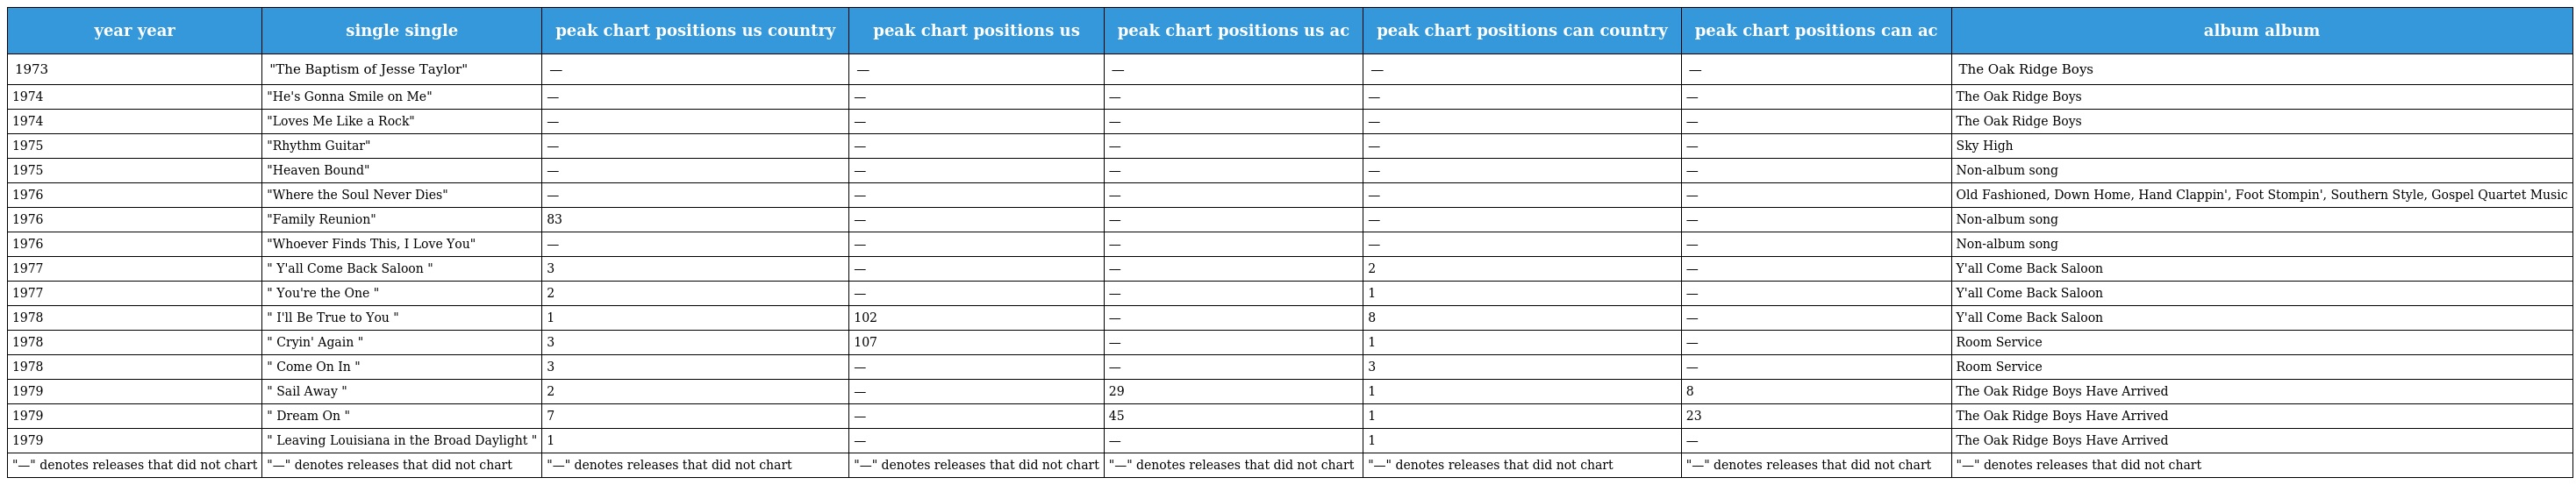
| year year | single single | peak chart positions us country | peak chart positions us | peak chart positions us ac | peak chart positions can country | peak chart positions can ac | album album |
 | --- | --- | --- | --- | --- | --- | --- | --- |
 | 1973 | "The Baptism of Jesse Taylor" | — | — | — | — | — | The Oak Ridge Boys |
 | 1974 | "He's Gonna Smile on Me" | — | — | — | — | — | The Oak Ridge Boys |
 | 1974 | "Loves Me Like a Rock" | — | — | — | — | — | The Oak Ridge Boys |
 | 1975 | "Rhythm Guitar" | — | — | — | — | — | Sky High |
 | 1975 | "Heaven Bound" | — | — | — | — | — | Non-album song |
 | 1976 | "Where the Soul Never Dies" | — | — | — | — | — | Old Fashioned, Down Home, Hand Clappin', Foot Stompin', Southern Style, Gospel Quartet Music |
 | 1976 | "Family Reunion" | 83 | — | — | — | — | Non-album song |
 | 1976 | "Whoever Finds This, I Love You" | — | — | — | — | — | Non-album song |
 | 1977 | " Y'all Come Back Saloon " | 3 | — | — | 2 | — | Y'all Come Back Saloon |
 | 1977 | " You're the One " | 2 | — | — | 1 | — | Y'all Come Back Saloon |
 | 1978 | " I'll Be True to You " | 1 | 102 | — | 8 | — | Y'all Come Back Saloon |
 | 1978 | " Cryin' Again " | 3 | 107 | — | 1 | — | Room Service |
 | 1978 | " Come On In " | 3 | — | — | 3 | — | Room Service |
 | 1979 | " Sail Away " | 2 | — | 29 | 1 | 8 | The Oak Ridge Boys Have Arrived |
 | 1979 | " Dream On " | 7 | — | 45 | 1 | 23 | The Oak Ridge Boys Have Arrived |
 | 1979 | " Leaving Louisiana in the Broad Daylight " | 1 | — | — | 1 | — | The Oak Ridge Boys Have Arrived |
 | "—" denotes releases that did not chart | "—" denotes releases that did not chart | "—" denotes releases that did not chart | "—" denotes releases that did not chart | "—" denotes releases that did not chart | "—" denotes releases that did not chart | "—" denotes releases that did not chart | "—" denotes releases that did not chart |